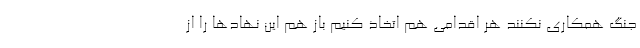
جنگ همکاری نکنند هر اقدامی هم اتخاذ کنیم باز هم این نهاد‌ها را از